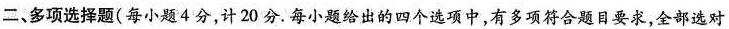
二、多项选择题(每小题4分，计20分。每小题给出的四个选项中，有多项符合题目要求，全部选对